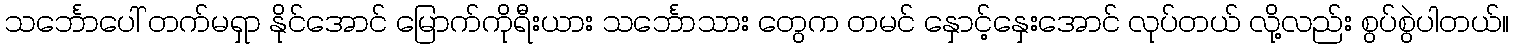
သင်္ဘောပေါ် တက်မရှာ နိုင်အောင် မြောက်ကိုရီးယား သင်္ဘောသား တွေက တမင် နှောင့်နှေးအောင် လုပ်တယ် လို့လည်း စွပ်စွဲပါတယ်။